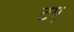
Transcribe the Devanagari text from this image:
टप्